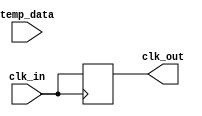
module TempCompensatedClockBuffer (
    input wire clk_in,          // Input clock signal
    input wire [7:0] temp_data, // Temperature data from sensor
    output reg clk_out          // Buffered clock output
);

// Parameters
parameter TEMP_MIN = 8'd0;   // Minimum temperature
parameter TEMP_MAX = 8'd100;  // Maximum temperature
parameter DELAY_MIN = 2;      // Minimum delay in ns
parameter DELAY_MAX = 10;     // Maximum delay in ns

// Internal variables
reg [3:0] delay_setting;      // Variable delay setting
reg [3:0] delay_value;        // Current delay value

// Temperature compensation logic
always @(*) begin
    if (temp_data < TEMP_MIN) begin
        delay_setting = DELAY_MAX; // Max delay for low temp
    end else if (temp_data > TEMP_MAX) begin
        delay_setting = DELAY_MIN; // Min delay for high temp
    end else begin
        // Linear interpolation between min and max delay
        delay_setting = DELAY_MIN + ((DELAY_MAX - DELAY_MIN) * (temp_data - TEMP_MIN)) / (TEMP_MAX - TEMP_MIN);
    end
end

// Variable delay line implementation (simple model)
always @(posedge clk_in) begin
    // Simulate variable delay (this is a placeholder)
    #delay_setting clk_out <= clk_in; // Delay the clock signal
end

endmodule